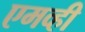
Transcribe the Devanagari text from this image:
एमव्ही